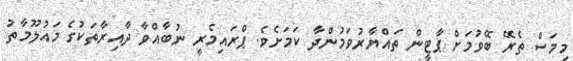
މިމަސް ތެރޭ ބޭވުމަށް ޕާޓީން ތައްޔާރުވަމުންދާ ކަމަށެވެ. ޕްރައިމެރީ ނުބާއްވާ ދާއިރާތަކުގެ މައުލޫމާތު